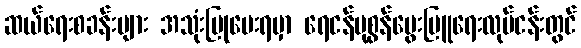
ဆယ်ရေးစခန်းများ အသုံးပြုပေးရမှာ ရေငန်ပုစွန်မွေးမြူရေးလုပ်ငန်းတွင်